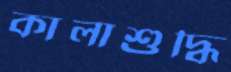
কালাশুদ্ধি